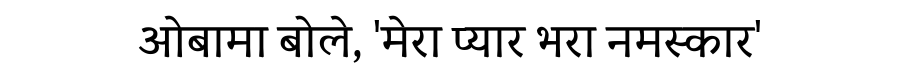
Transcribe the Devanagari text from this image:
ओबामा बोले, 'मेरा प्यार भरा नमस्कार'